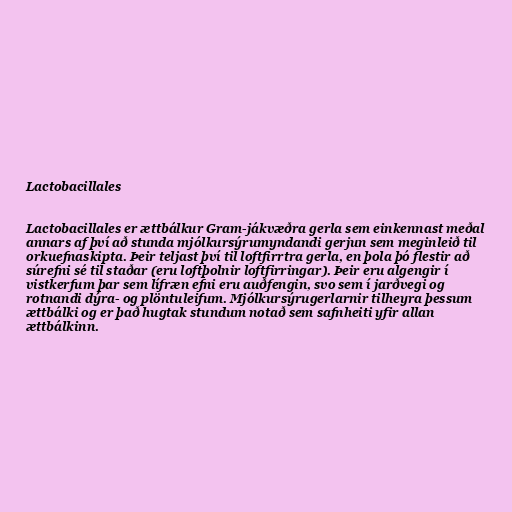
Lactobacillales

Lactobacillales er ættbálkur Gram-jákvæðra gerla sem einkennast meðal
annars af því að stunda mjólkursýrumyndandi gerjun sem meginleið til
orkuefnaskipta. Þeir teljast því til loftfirrtra gerla, en þola þó flestir að
súrefni sé til staðar (eru loftþolnir loftfirringar). Þeir eru algengir í
vistkerfum þar sem lífræn efni eru auðfengin, svo sem í jarðvegi og
rotnandi dýra- og plöntuleifum. Mjólkursýrugerlarnir tilheyra þessum
ættbálki og er það hugtak stundum notað sem safnheiti yfir allan
ættbálkinn.